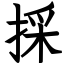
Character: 採